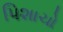
પિશાચો